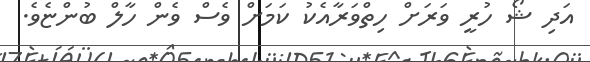
އަދި ޝޯ ހުރީ ވަރަށް ހިތްވަރާއެކު ކަމަށް ވެސް ވެން ހާލް ބުންޏެވެ.